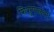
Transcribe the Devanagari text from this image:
शिशुपालबध